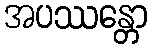
အပဿန္တော